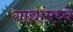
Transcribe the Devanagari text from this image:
गाद्यांमध्ये